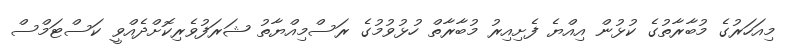
މިއަހަރުގެ މުބާރާތުގެ ކުޅުން އިއްޔެ ފެށިއިރު މުބާރާތް ހުޅުވުމުގެ ރަސްމިއްޔާތު ޝަރަފުވެރިކޮށްދެއްވީ ކަސްޓަމްސް